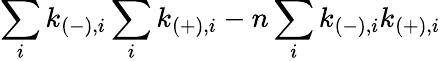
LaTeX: \sum_{i}k_{(-),i}\sum_{i}k_{(+),i}-n\sum_{i}k_{(-),i}k_{(+),i}